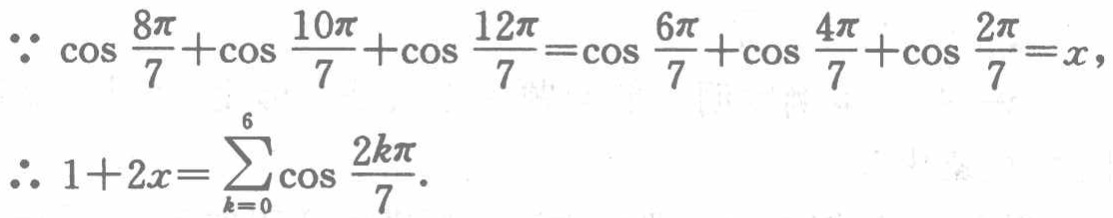
\[\begin{align*}
&\because \cos\frac{8\pi}{7}+\cos\frac{10\pi}{7}+\cos\frac{12\pi}{7}=\cos\frac{6\pi}{7}+\cos\frac{4\pi}{7}+\cos\frac{2\pi}{7}=x,\\
&\therefore 1 + 2x=\sum_{k = 0}^{6}\cos\frac{2k\pi}{7}.
\end{align*}\]